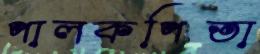
পালকপিতা